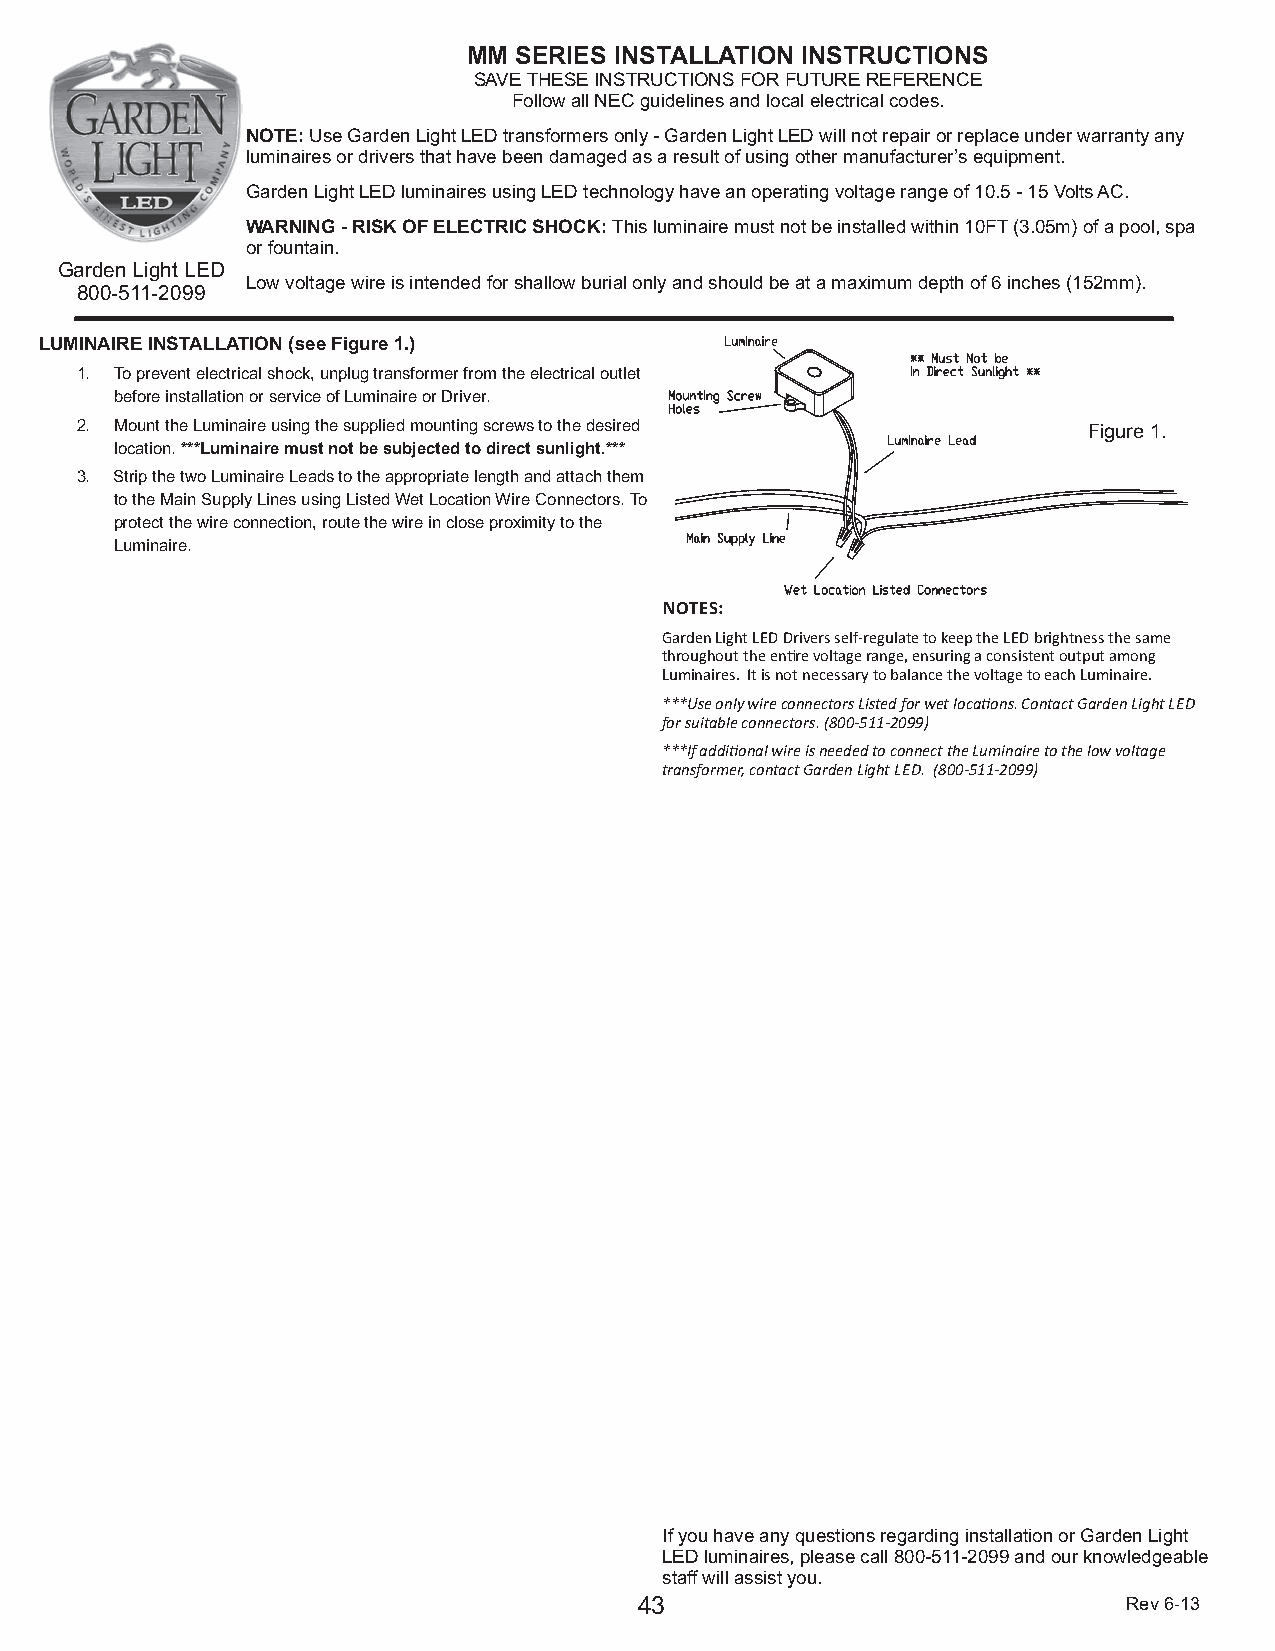
MM SERIES INSTALLATION INSTRUCTIONS
 SAVE THESE INSTRUCTIONS FOR FUTURE REFERENCE
 Follow all NEC guidelines and local electrical codes.
 NOTE: Use Garden Light LED transformers only - Garden Light LED will not repair or replace under warranty any
 luminaires or drivers that have been damaged as a result of using other manufacturer’s equipment.
 Garden Light LED luminaires using LED technology have an operating voltage range of 10.5 - 15 Volts AC.
 WARNING - RISK OF ELECTRIC SHOCK: This luminaire must not be installed within 10FT (3.05m) of a pool, spa
 or fountain.
 Garden Light LED
 Low voltage wire is intended for shallow burial only and should be at a maximum depth of 6 inches (152mm).
 800-511-2099
 LUMINAIRE INSTALLATION (see Figure 1.)
 1. To prevent electrical shock, unplug transformer from the electrical outlet
 before installation or service of Luminaire or Driver.
 2. Mount the Luminaire using the supplied mounting screws to the desired Figure 1.
 location. ***Luminaire must not be subjected to direct sunlight.***
 3. Strip the two Luminaire Leads to the appropriate length and attach them
 to the Main Supply Lines using Listed Wet Location Wire Connectors. To
 protect the wire connection, route the wire in close proximity to the
 Luminaire.
 NOTES:
 Garden Light LED Drivers self-regulate to keep the LED brightness the same
 throughout the enre voltage range, ensuring a consistent output among
 Luminaires. It is not necessary to balance the voltage to each Luminaire.
 ***Use only wire connectors Listed for wet locaons. Contact Garden Light LED
 for suitable connectors. (800-511-2099)
 ***If addional wire is needed to connect the Luminaire to the low voltage
 transformer, contact Garden Light LED. (800-511-2099)
 If you have any questions regarding installation or Garden Light
 LED luminaires, please call 800-511-2099 and our knowledgeable
 staff will assist you.
 43                               Rev 6-13